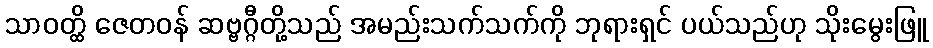
သာဝတ္ထိ ဇေတဝန် ဆဗ္ဗဂ္ဂီတို့သည် အမည်းသက်သက်ကို ဘုရားရှင် ပယ်သည်ဟု သိုးမွေးဖြူ